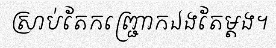
ស្រាប់តែកញ្ជ្រោកឯងតែម្តង។